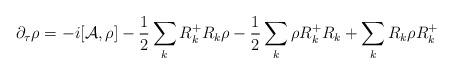
LaTeX: \begin{align*}\partial_{\tau}\rho=-i[{\cal A},\rho]-\frac{1}{2}\sum_{k}R_{k}^{+}R_{k}\rho -\frac{1}{2}\sum_{k}\rho R_{k}^{+}R_{k} + \sum_{k} R_{k}\rho R_{k}^{+}\end{align*}